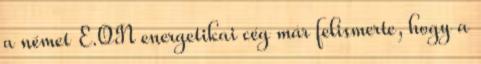
a német E.ON energetikai cég már felismerte, hogy a